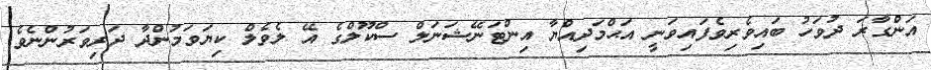
އަންގާރަ ދުވަހު ބައިވެރިވެފައިވަނީ އަޙްމަދިއްޔާ އިންޓަނޭޝަނަލް ސްކޫލްގެ އޭ ލެވެލް ކިޔަވަމުންދާ ދަރިވަރުންނެވެ.